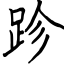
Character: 跈